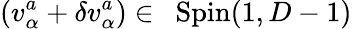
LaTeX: (v_{\alpha}^{{a}}+\delta v_{\alpha}^{{a}})\in\mathrm{~{\mathit~Spin}}(1,D-1)